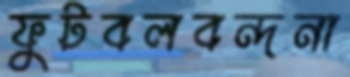
ফুটবলবন্দনা